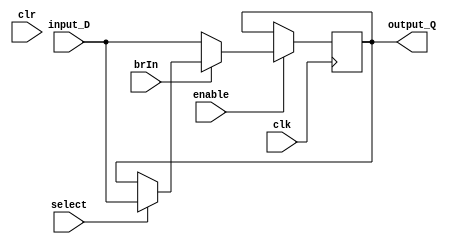
`timescale 1ns/10ps

module pc_reg #(parameter VAL = 0)(
  input clk,
  input clr,
  input enable,
  input brIn,
  input [31:0] input_D,
  input select,
  output reg [31:0] output_Q
  );
  initial output_Q = VAL;
  always @(posedge clk)
    begin
      if (enable) begin
        if(brIn) begin
          if(select) begin
            output_Q <= input_D;
          end
        end
        else begin
          output_Q <= input_D;
        end
      end
    end
endmodule